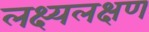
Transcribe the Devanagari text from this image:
लक्ष्यलक्षण